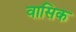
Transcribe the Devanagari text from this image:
वासिक